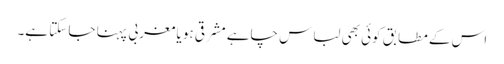
اس کے مطابق کوئی بھی لباس چاہے مشرقی ہو یا مغربی پہنا جا سکتا ہے۔